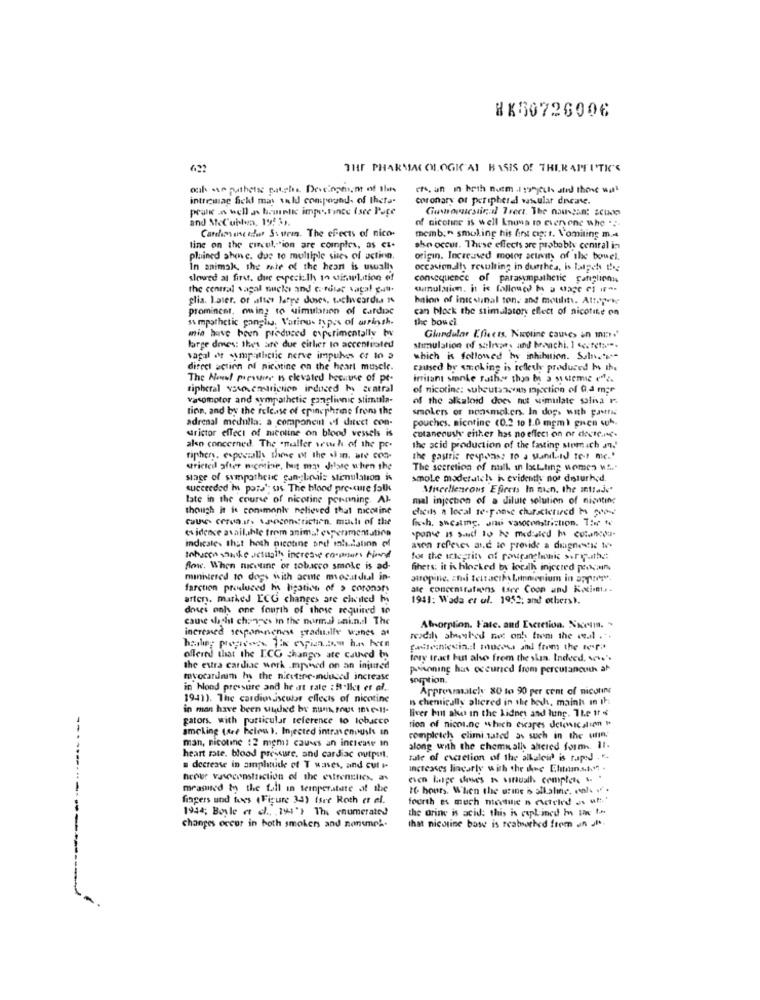
HK50726006
THE PHARMACOLOGICAL BASIS Of THERAPEUTICS
och amputhets patche Deveingen,m of the
en, un in heth num .1 stjects and those was
intricmag fickl may wald compound. of thets-
coronary of peripheral wsular dicate.
Goshopuestinal Treet. The nousgan: #Cikk
and Meubles, 192 3).
of nicotine is well knuna to everyone who ...
Carchipsune afur St uren. The effects of nico-
memb:" smoking his fint cig; r, Vomiting m ..
tine on the circul ,- ion are complex, as ca-
sho occur. These effects are probably central in
plained shone. due to multiple sites of action.
origin. Increased motor activity of the bowel.
in animak, the mate of the heon is usually
occasionally resulting in durthea, is latach the
slowed al first. due especialh in visuLition of
consequence of parasympathetic fafiglienn
the central vagal nuck and cardiac vatal gant.
cumulation. it is falloued M a dage es ""-
glia. Later. of after large doses, wachw cardis
baion of insc sinal ton. and moulins. Attopen
promincer, owing to simulation of cardiac
can block the stimulator effect of nicotine on
s& mpathetic ganglia. Vorinu- types of arringh.
the bowel
mio have been produced experimentally by
Glandular Effects. Nicotine causes an mir."
large dmes: thes are due citlier to accentuated
stimulation of salepe, and bronchi. 1 secrets"".
vagal of sompathetic nerve impulses of In 3
which is followed by inhibition. Soliver-
direct action of nicotine on the heart muscle.
caused by smoking is telledy produced by the
The Newel Preswir Is elevated because of pe-
irritant sinke rath. thys b a systemic effi.
tipheral yasosemariction induced by central
of nicotine: subcutaneous Injection of Od mar
vasomotor and sympathetic ganglionic stimtila-
of the alkaloid does not simulate saliva F
tion, and by the release of epinephrine from the
smokers or nonsmokers. In dos, with pasttu
adrenal medulla: a component + ditect con-
pouches. nicotine (0.2 10 1.0 mgm) gnen wA.
strictor effect of nicotine on blood vessels is
cutaneoush either has no effect on or decrease
also concerned. The smaller wwh of the pe-
the acid production of the fasting stomach and'
riphers, especially there of the siin. ate con-
the gastric response to a Mandlid te-t me."
stricted after nicotine, but mas delste when the
The secretion of null. in Ixtting womes wir
stage of sympathetic sanglicis stimulation is
smole moderateh in evidently not disturh.d.
succeeded in pots'; sis. The blood pressure folk
Miscellaneous Effects In man, the intraje'
tate in the course of nicotine pornning. Al-
mal injection of a dilute solution of nicotine
though it is commonly nelieved that nicotine
chieits a local te-pone churacietired M coo-
finch. ahealing, un vasoconstriction. Ther to
evidence available from animal experimentatina
indicates that hoth nicotine ord malkestinn of
avon referes and to provide a diagnostic w.
Inhuren sowie actually increase corpsurs find
for the integrity of rowganghonk suryath .:
Row. When nicotine of tobacco smoke is ad
Sihers: it is blocked by localh injected percurs
ministered to does with acme mocatdid in-
atropine. zhui tettacth Limonium in 270"
farction produced ha lication of > coronary
ale concentrations sser Coop und Fixim ..
arten. marked ECG changes are cheited by
1941: Wada et al. 1952; and others).
doses only one fourth of those required to
cause dacht choices in the normal ani.n.l The
increased sesponneness gradually wanes a
Absorption. Fate. and Excretion. Noccum. .
resdik shaasked not only from the cal ..
fastecniccin. l mucosi and from the ter".
offered that the I.CG changes ate cathed by
tory tract but also frem the shia. Indeed, ve .. ".
the extra cardiac work .mpned on an injured
proinning has occurred from percutaneous at
mvocardnim h the nicotine-induced increase
somption.
in blood pressure and he at rate : R'lit et al.
Approsmsately 80 to 90 per cent of niconing
1941). The cardiovascular effects of nicotine
Is chemically alicred in the boch, mainhs in ih
in man have been wtahed by num rout Ines !!-
gators. with particular reference to lobacco
liver hint akes in the kidney and huang. The tt
smoking (see below ). Injected intravenpush in
rion of nicos.ne which escapes delewicalien "
man, nicotine :2 mgml causes an increase In
completely climi.sated as such in the urin;
along with the chemically ahered form. 11.
heart rate. blood pressure, and cardiac output.
tale of excretion of the alkaleir is taped . "-
decrease in amphtucke of T waves, and cut -
increases lingarly with the thee Chitam ..... .
heover vasoconstriction of the extrenstics, as
even lige dioses is virtually comptes ...
measned to the full in temperstate of the
I6 hours. When the urine i allaline. vah ".
fingers und ters (Figure 34) Isee Roth et al.
fourth es much notre n cceled es uht.'
1944; Boyle et al ., , 194') The enumerated
the arine is acid: this is explained In uw t.s.
that nicotine bow is reabsorbed from an Ji.
changes occur in both smokers and nonumnel.
----------------